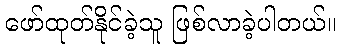
ဖော်ထုတ်နိုင်ခဲ့သူ ဖြစ်လာခဲ့ပါတယ်။